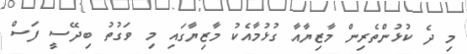
މި ދެ ކުޅުންތެރިން މާޒިޔާއާ ގުޅުމާއެކު މާޒިޔާގައި މި ވަގުތު ބިދޭސީ ފަސް